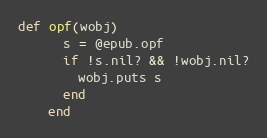
Language: Ruby
def opf(wobj)
      s = @epub.opf
      if !s.nil? && !wobj.nil?
        wobj.puts s
      end
    end